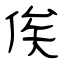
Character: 俟